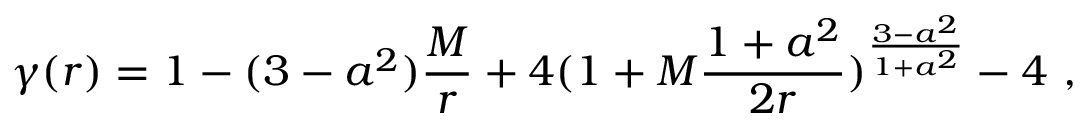
\gamma ( r ) = 1 - ( 3 - a ^ { 2 } ) { \frac { M } { r } } + 4 ( 1 + M { \frac { 1 + a ^ { 2 } } { 2 r } } ) ^ { \frac { 3 - a ^ { 2 } } { 1 + a ^ { 2 } } } - 4 \ ,